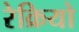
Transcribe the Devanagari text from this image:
रेक्रियो